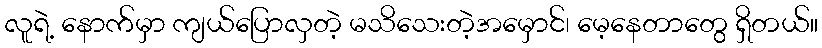
လူရဲ့ နောက်မှာ ကျယ်ပြောလှတဲ့ မသိသေးတဲ့အမှောင်၊ မေ့နေတာတွေ ရှိတယ်။